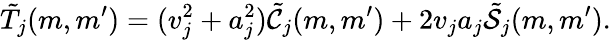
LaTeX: \tilde{T}_{j}(m,m^{\prime})=(v_{j}^{2}+a_{j}^{2})\tilde{\cal C}_{j}(m,m^{\prime})+2v_{j}a_{j}\tilde{\cal S}_{j}(m,m^{\prime}).